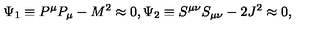
\Psi _ { 1 } \equiv P ^ { \mu } P _ { \mu } - M ^ { 2 } \approx 0 , \Psi _ { 2 } \equiv S ^ { \mu \nu } S _ { \mu \nu } - 2 J ^ { 2 } \approx 0 ,